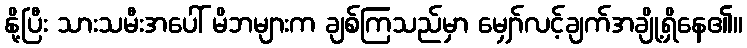
နို့ပြီး သားသမီးအပေါ် မိဘများက ချစ်ကြသည်မှာ မျှော်လင့်ချက်အချို့ရှိနေ၏။